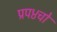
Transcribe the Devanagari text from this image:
प्रप४चो